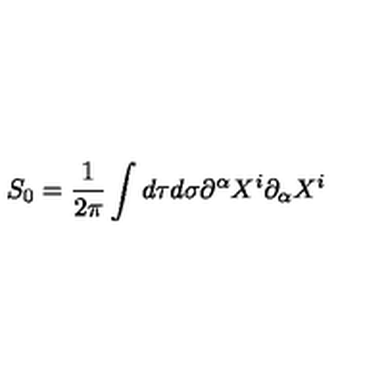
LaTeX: S _ { 0 } = { \frac { 1 } { 2 \pi } } \int d \tau d \sigma \partial ^ { \alpha } X ^ { i } \partial _ { \alpha } X ^ { i }